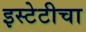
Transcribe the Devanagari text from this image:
इस्टेटीचा